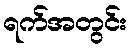
ရက်အတွင်း